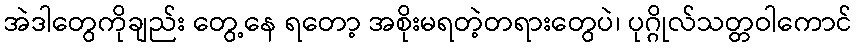
အဲဒါတွေကိုချည်း တွေ့နေ ရတော့ အစိုးမရတဲ့တရားတွေပဲ၊ ပုဂ္ဂိုလ်သတ္တဝါကောင်